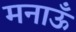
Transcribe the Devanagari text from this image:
मनाऊँ